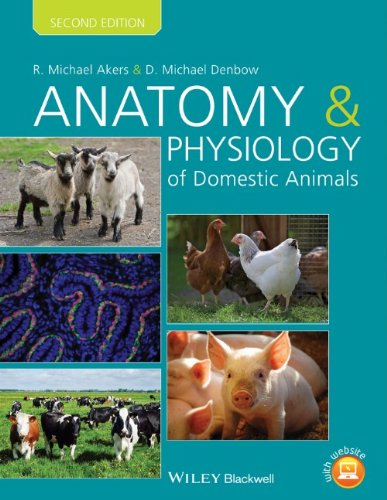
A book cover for Anatomy and Physiology of Domestic Animals; R. Michael Akers; Medical Books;